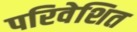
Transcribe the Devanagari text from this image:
परिवेशित